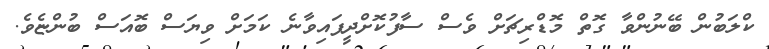
ކްލަބުން ބޭނުންވާ ގޮތް މޮޑްރިޗަށް ވެސް ސާފުކޮށްދީފައިވާނެ ކަމަށް ވިޔަސް ބޮއަސް ބުންޏެވެ.